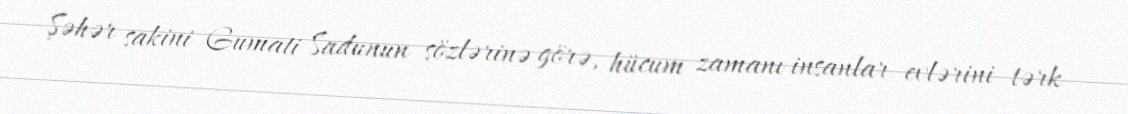
Şəhər sakini Gumati Sadunun sözlərinə görə, hücum zamanı insanlar evlərini tərk